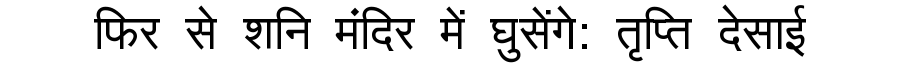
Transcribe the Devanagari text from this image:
फिर से शनि मंदिर में घुसेंगे: तृप्ति देसाई